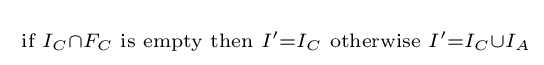
\scriptstyle {\text{ if }}I_{C}\cap F_{C}{\text{ is empty then }}I'=I_{C}{\text{ otherwise }}I'=I_{C}\cup I_{A}